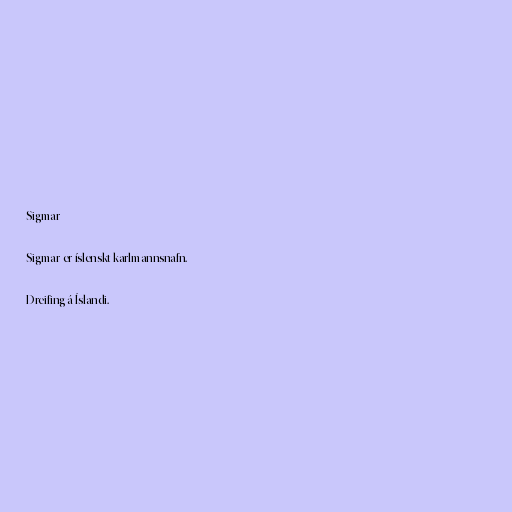
Sigmar

Sigmar er íslenskt karlmannsnafn.

Dreifing á Íslandi.